Vaccine operations Central Provinces 1868-1885 - 1868-1885
Year: 1868
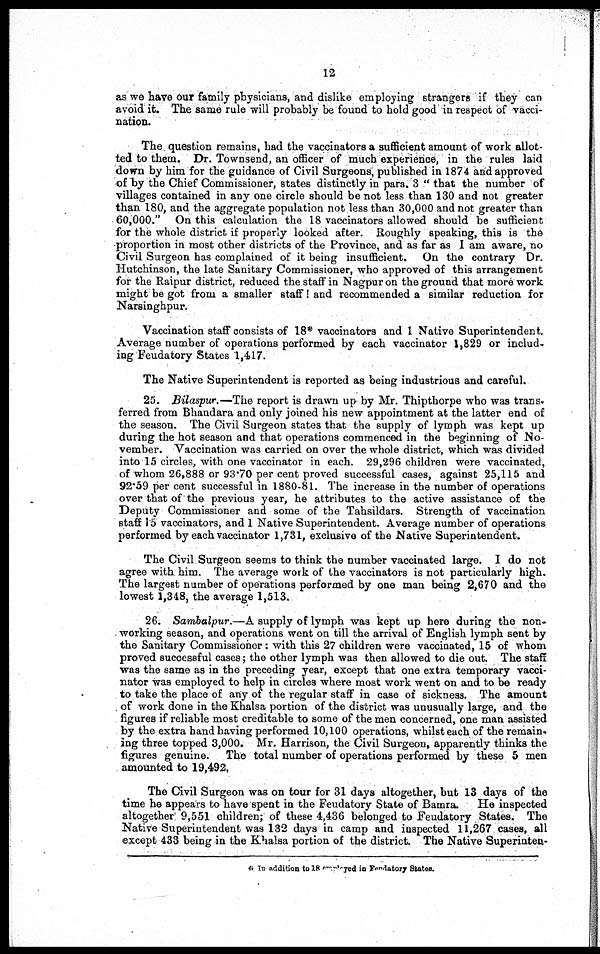
12
as we have our family physicians, and dislike employing strangers if they can
avoid it. The same rule will probably be found to hold good in respect of vacci-
nation.
The question remains, had the vaccinators a sufficient amount of work allot-
ted to them. Dr. Townsend, an officer of much experience, in the rules laid
down by him for the guidance of Civil Surgeons, published in 1874 and approved
of by the Chief Commissioner, states distinctly in para. 3 " that the number of
villages contained in any one circle should be not less than 130 and not greater
than 180, and the aggregate population not less than 30,000 and not greater than
60,000." On this calculation the 18 vaccinators allowed should be sufficient
for the whole district if properly looked after. Roughly speaking, this is the
proportion in most other districts of the Province, and as far as I am aware, no
Civil Surgeon has complained of it being insufficient. On the contrary Dr.
Hutchinson, the late Sanitary Commissioner, who approved of this arrangement
for the Raipur district, reduced the staff in Nagpur on the ground that more work
might be got from a smaller staff! and recommended a similar reduction for
Narsinghpur.
Vaccination staff consists of 18* vaccinators and 1 Native Superintendent.
Average number of operations performed by each vaccinator 1,829 or includ-
ing Feudatory States 1,417.
The Native Superintendent is reported as being industrious and careful.
25. Bilaspur.—The report is drawn up by Mr. Thipthorpe who was trans¬
ferred from Bhandara and only joined his new appointment at the latter end of
the season. The Civil Surgeon states that the supply of lymph was kept up
during the hot season and that operations commenced in the beginning of No-
vember. Vaccination was carried on over the whole district, which was divided
into 15 circles, with one vaccinator in each. 29,296 children were vaccinated,
of whom 26,888 or 93.70 per cent proved successful cases, against 25,115 and
92.59 per cent successful in 1880-81. The increase in the number of operations
over that of the previous year, he attributes to the active assistance of the
Deputy Commissioner and some of the Tahsildars. Strength of vaccination
staff 15 vaccinators, and 1 Native Superintendent. Average number of operations
performed by each vaccinator 1,731, exclusive of the Native Superintendent.
The Civil Surgeon seems to think the number vaccinated large. I do not
agree with him. The average work of the vaccinators is not particularly high.
The largest number of operations performed by one man being 2,670 and the
lowest 1,348, the average 1,513.
26. Sambalpur.—A supply of lymph was kept up here during the non¬
working season, and operations went on till the arrival of English lymph sent by
the Sanitary Commissioner : with this 27 children were vaccinated, 15 of whom
proved successful cases; the other lymph was then allowed to die out. The staff
was the same as in the preceding year, except that one extra temporary vacci-
nator was employed to help in circles where most work went on and to be ready
to take the place of any of the regular staff in case of sickness. The amount
of work done in the Khalsa portion of the district was unusually large, and the
figures if reliable most creditable to some of the men concerned, one man assisted
by the extra hand having performed 10,100 operations, whilst each of the remain¬
ing three topped 3,000. Mr. Harrison, the Civil Surgeon, apparently thinks the
figures genuine. The total number of operations performed by these 5 men
amounted to 19,492,
The Civil Surgeon was on tour for 31 days altogether, but 13 days of the
time he appears to have spent in the Feudatory State of Bamra.
He inspected
altogether 9,551 children; of these 4,436 belonged to Feudatory States. The
Native Superintendent was 132 days in camp and inspected 11,267 cases, all
except 433 being in the Khalsa portion of the district.The Native Superinten¬
* IN addition to 18 employed in Feudatory States.